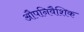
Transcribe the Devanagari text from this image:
औपनिवैशिक